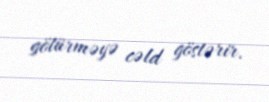
götürməyə cəld göstərir.